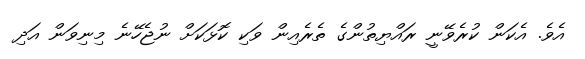
އެވެ. އެކަން ކުރެވޭނީ ރައްޔިތުންގެ ތެރެއިން ވަކި ކޮޅަކަށް ނުޖެހޭނެ މިނިވަން އަދި